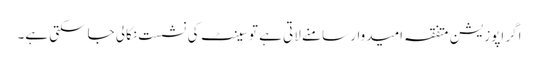
اگر اپوزیشن متفقہ امیدوار سامنے لاتی ہے تو سینٹ کی نشست نکالی جاسکتی ہے۔